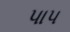
પાપ